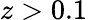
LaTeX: z>0.1